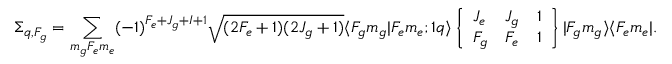
\Sigma _ { q , F _ { g } } = \sum _ { m _ { g } F _ { e } m _ { e } } ( - 1 ) ^ { F _ { e } + J _ { g } + I + 1 } \sqrt { ( 2 F _ { e } + 1 ) ( 2 J _ { g } + 1 ) } \langle F _ { g } m _ { g } | F _ { e } m _ { e } ; 1 q \rangle \left\{ \begin{array} { l l l } { J _ { e } } & { J _ { g } } & { 1 } \\ { F _ { g } } & { F _ { e } } & { 1 } \end{array} \right\} | F _ { g } m _ { g } \rangle \langle F _ { e } m _ { e } | .